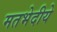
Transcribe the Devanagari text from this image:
मतभेदीये